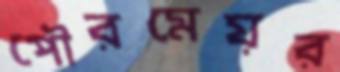
পৌরমেয়র